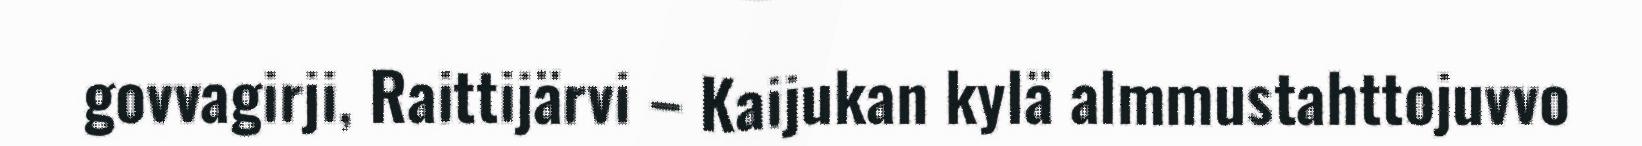
govvagirji, Raittijärvi – Kaijukan kylä almmustahttojuvvo